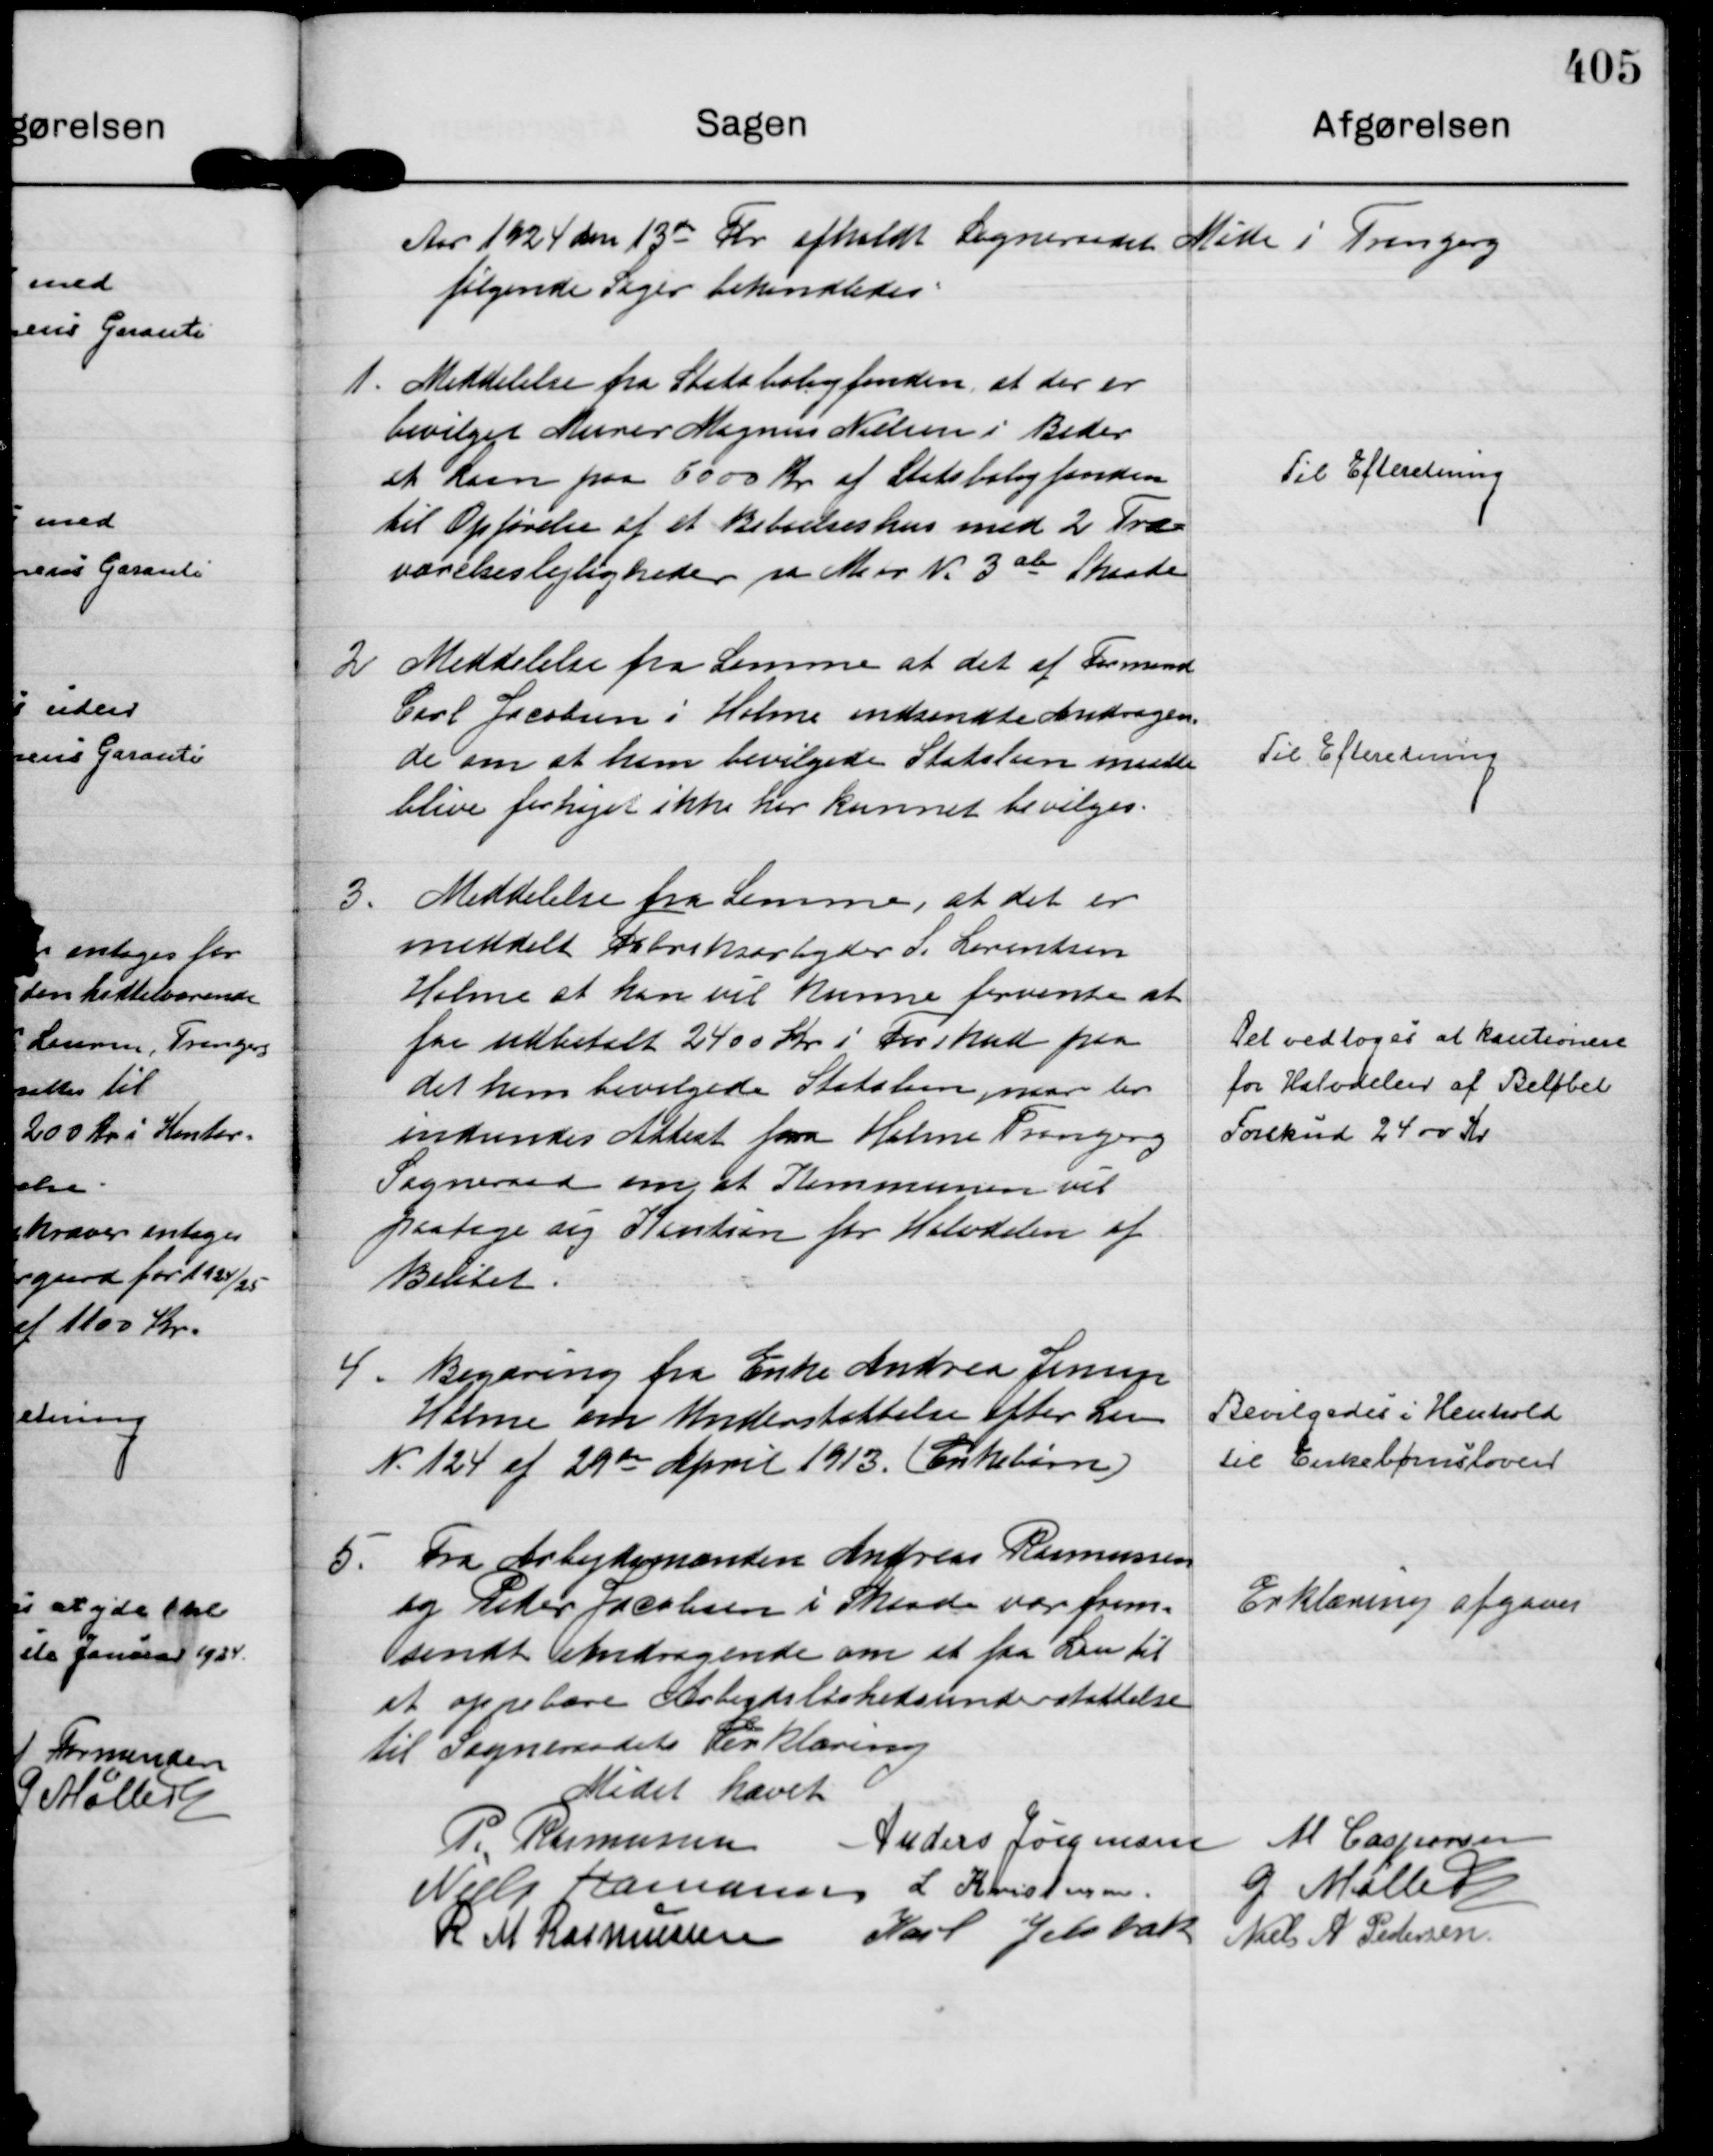
Transskription:
Aar 1924 den 13 de Fbr afholdt Sogneraadet Møde i Tranjerg
følgende Sager behandledes:

1.
Meddelelse fra Statsboligfonden, at der er
bevilget Murer Magnus Nielsen i Beder
et Laan paa 6000 kr af Statsboligfonden
til Opførelse af et Beboelseshus med 2 Tre=
værelseslejligheder pa Matr N. 3 ab Skaade

Til Efteretning

2
Meddelelse fra Samme at det af Formand 
Carl Jacobsen i Holme indsendte Andragen=
de om at hans bevilgede Statslaan maatte
blive forhøjet ikke har kunnet bevilges.

Til Efteretning

3.
Meddelelse fra Samme, at det er
meddelt Fabriksarbejder S. Lorentsen
Holme at han vil kunne forvente at  
faa udbetalt 2400 Kr i Forskud paa
det ham bevilgede Statslaan, naar der
indsendes Attest fra Holme Tranbjerg
Sogneraad om at Kommunen vil 
paatage sig Kaution for Halvdelen af
Beløbet.

Det vedtoges at kautionere
for Halvdelen af Beløbet
Forskud 2400 Kr

4.
Begæring fra Enke Andrea Jensen
Holme om Understøttelse efter Lov 
N. 124 af 29 de April 1913. ( Enkebørn )

Bevilgedes i Henhold
til Enkebørnsloven

5.
Fra Arbejdsmænden Andreas Rasmussen
og Peder Jacobsen i Skaade var frem=
sendt Andragende om at faa Lov til
at oppebære Arbejdsløshedsunderstøttelse
til Sogneraadets Erklæring

Erklæring afgaves

Mødet hævet
P. Rasmussen
Anders Jørgensen
M Caspersen
Niels Hamann
L Kristensen.
G Møller
R M Rasmussen
Karl Jelsbak
Niels A Pedersen.